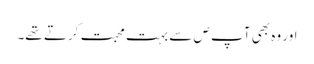
اور وہ بھی آپ ص سے بہت محبت کرتے تھے۔